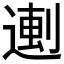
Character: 𬨼